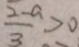
\frac { 2 - a } { 3 } > 0